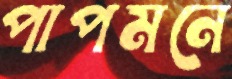
পাপমনে